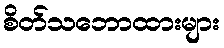
စိတ်သဘောထားများ